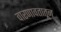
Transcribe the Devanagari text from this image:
वारणावतातून